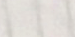
تلك